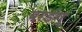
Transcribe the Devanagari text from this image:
बाडंग्